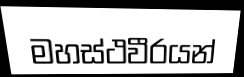
මහස්ථවීරයන්